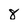
Character: 8